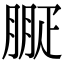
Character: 㽰